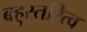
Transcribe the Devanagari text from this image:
बहुस्तरित्व